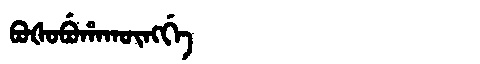
Manchu: ᠪᠣᡧᠣᠪᡠᡥᠠᡴᡡᠩᡤᡝ
Romanization: BOŠOBUHAKŪNGGE